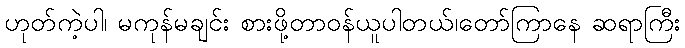
ဟုတ်ကဲ့ပါ၊ မကုန်မချင်း စားဖို့တာဝန်ယူပါတယ်၊တော်ကြာနေ ဆရာကြီး